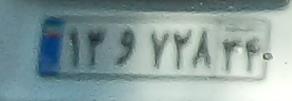
۱۳و۷۲۸۳۴